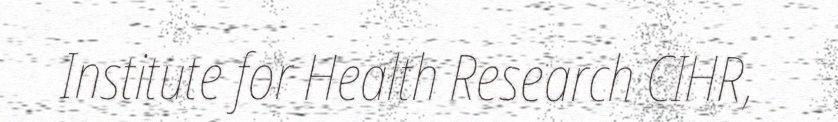
Institute for Health Research CIHR,